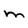
Character: m